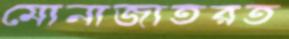
মোনাজাতরত